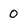
Character: 0